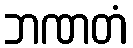
ဘဏတံ